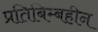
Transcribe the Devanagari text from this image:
प्रतिबिम्बहीन